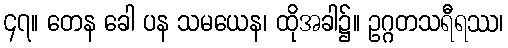
၄၇။ တေန ခေါ ပန သမယေန၊ ထိုအခါ၌။ ဥဂ္ဂတသရီရဿ၊